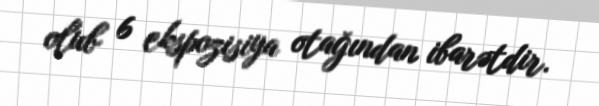
olub 6 ekspozisiya otağından ibarətdir.